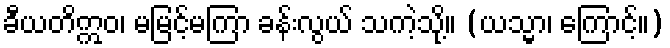
ခီယတိဣဝ၊ မမြင့်မကြာ ခန်းလွယ် သကဲ့သို့။ (ယသ္မာ၊ ကြောင့်။)